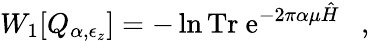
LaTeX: W_{1}[Q_{\alpha,\epsilon_{z}}]=-\ln\mathrm{Tr~e}^{-2\pi\alpha\mu\hat{H}}~~~,